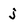
Character: j